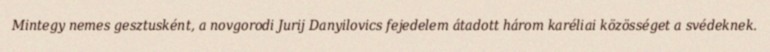
Mintegy nemes gesztusként, a novgorodi Jurij Danyilovics fejedelem átadott három karéliai közösséget a svédeknek.